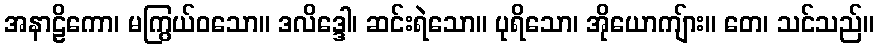
အနာဠိကော၊ မကြွယ်ဝသော။ ဒလိဒ္ဒေါ၊ ဆင်းရဲသော။ ပုရိသော၊ အိုယောကျ်ား။ တေ၊ သင်သည်။